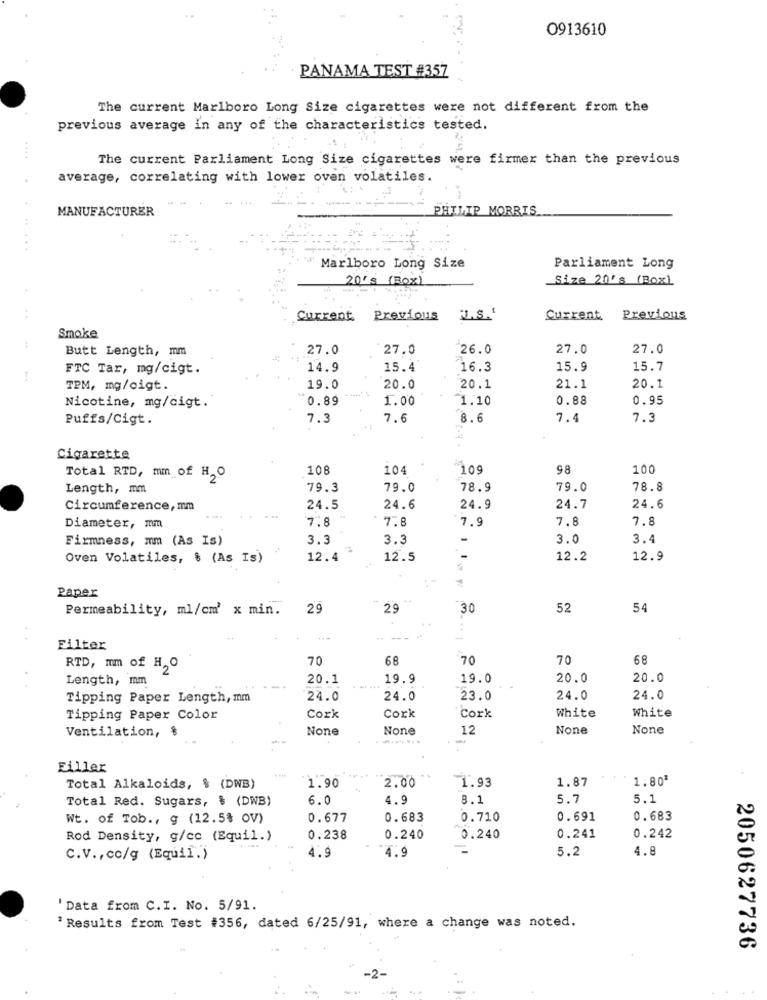
0913610
PANAMA TEST #357
The current Marlboro Long Size cigarettes were not different from the
previous average in any of the characteristics tested.
.....
The current Parliament Long Size cigarettes were firmer than the previous
average, correlating with lower oven volatiles.
MANUFACTURER
PHILIP MORRIS
...
Marlboro Long Size
Parliament Long
20'S (BOX)
Size 20's (Box)
Current Previous J.S.'
Current Previous
Smoke
:
Butt Length, mm
27.0
27.0
26.0
27.0
27.0
FTC Tar, mg/cigt.
14.9
15.4
16.3
15.9
15.7
TPM, mg/oigt.
19.0
20.0
20.1
21.1
20.1
0.89
1.00
1.10
0.88
0.95
Nicotine, mg/cigt."
Puffs/Cigt.
7.3
7.6
8.6
7.4
7.3
Cigarette
Total RTD, mm of HO
108
104
105
98
100
Length, mm
79.3
79.0
78.9
79.0
78.8
Circumference, mm
24.5
24.6
24.9
24.7
24.6
...
7.8
7.8
7.8
7.8
Diameter, mi
7.9
Firmness, mm (As Is)
3.3
3.3
-
3.0
3.4
Oven Volatiles, $ (As Is)
12.4
12.5
12.2
12.9
Paper
Permeability, ml/cm' x min.
29
29
30
52
54
- --
Filter
70
68
70
70
68
RTD, mm of H. O
2
Length, mm
20.1
19.9
19.0
20.0
20.0
Tipping Paper Length, mm
24.0
24.0
23.0
24.0
24.0
White
Tipping Paper Color
Cork
Cork
Cork
White
12
Ventilation, $
... .
-
Filler
1.90
1.93
1.87
1.80'
Total Alkaloids, % (DWB)
2.00
Total Red. Sugars, $ (DWB)
6.0
4.9
8.1
5.7
5.1
Wt. of Tob ., g (12.5% OV)
0.677
0.683
0.710
0.691
0.683
Rod Density, g/cc (Equil.)
0.238
0.240
0.240
0.241
0.242
4.8
C.V ., cc/g (Equil.)
4.9
4.9
5.2
'Data from C.I. No. 5/91.
' Results from Test #356, dated 6/25/91, where a change was noted.
2050627736